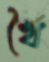
খৈ